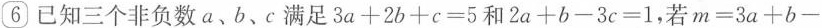
⑥已知三个非负数a、b、c满足$$3 a + 2 b + c = 5$$和$$2 a + b - 3 c = 1$$，若$$m = 3 a + b -